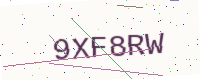
Text: 9XF8RW